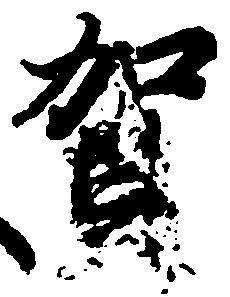
賀